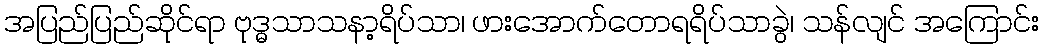
အပြည်ပြည်ဆိုင်ရာ ဗုဒ္ဓသာသနာ့ရိပ်သာ၊ ဖားအောက်တောရရိပ်သာခွဲ၊ သန်လျင် အကြောင်း